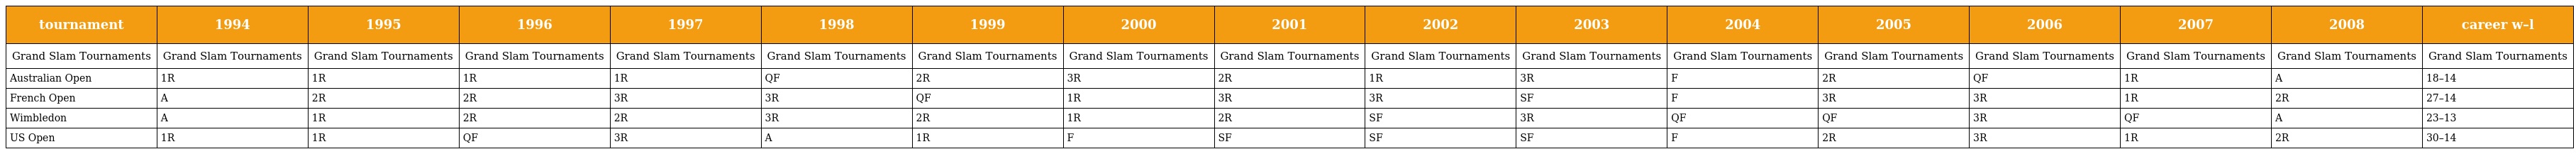
| tournament | 1994 | 1995 | 1996 | 1997 | 1998 | 1999 | 2000 | 2001 | 2002 | 2003 | 2004 | 2005 | 2006 | 2007 | 2008 | career w–l |
 | --- | --- | --- | --- | --- | --- | --- | --- | --- | --- | --- | --- | --- | --- | --- | --- | --- |
 | Grand Slam Tournaments | Grand Slam Tournaments | Grand Slam Tournaments | Grand Slam Tournaments | Grand Slam Tournaments | Grand Slam Tournaments | Grand Slam Tournaments | Grand Slam Tournaments | Grand Slam Tournaments | Grand Slam Tournaments | Grand Slam Tournaments | Grand Slam Tournaments | Grand Slam Tournaments | Grand Slam Tournaments | Grand Slam Tournaments | Grand Slam Tournaments | Grand Slam Tournaments |
 | Australian Open | 1R | 1R | 1R | 1R | QF | 2R | 3R | 2R | 1R | 3R | F | 2R | QF | 1R | A | 18–14 |
 | French Open | A | 2R | 2R | 3R | 3R | QF | 1R | 3R | 3R | SF | F | 3R | 3R | 1R | 2R | 27–14 |
 | Wimbledon | A | 1R | 2R | 2R | 3R | 2R | 1R | 2R | SF | 3R | QF | QF | 3R | QF | A | 23–13 |
 | US Open | 1R | 1R | QF | 3R | A | 1R | F | SF | SF | SF | F | 2R | 3R | 1R | 2R | 30–14 |